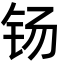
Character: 钖